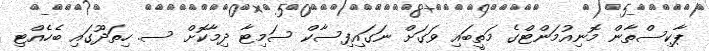
ޕާކިސްތާން މޮނިއުމަންޓްގެ މަތީބައި ވަގަށް ނަގައިފިސާކް ސަމިޓާ ދިމާކޮށް ސ. ހިތަދޫގައި ބެހެއްޓި